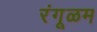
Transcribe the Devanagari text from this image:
रंगूळम